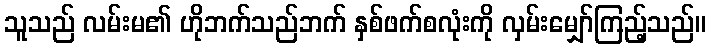
သူသည် လမ်းမ၏ ဟိုဘက်သည်ဘက် နှစ်ဖက်စလုံးကို လှမ်းမျှော်ကြည့်သည်။